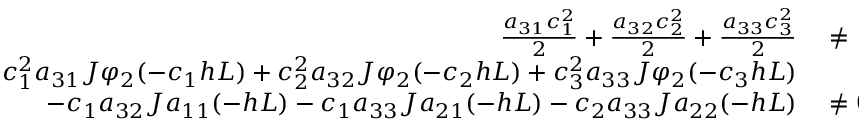
\begin{array} { r l } { \frac { a _ { 3 1 } c _ { 1 } ^ { 2 } } { 2 } + \frac { a _ { 3 2 } c _ { 2 } ^ { 2 } } { 2 } + \frac { a _ { 3 3 } c _ { 3 } ^ { 2 } } { 2 } } & { { } \ne \frac { 1 } { 6 } , } \\ { c _ { 1 } ^ { 2 } a _ { 3 1 } J \varphi _ { 2 } ( - c _ { 1 } h L ) + c _ { 2 } ^ { 2 } a _ { 3 2 } J \varphi _ { 2 } ( - c _ { 2 } h L ) + c _ { 3 } ^ { 2 } a _ { 3 3 } J \varphi _ { 2 } ( - c _ { 3 } h L ) } \\ { - c _ { 1 } a _ { 3 2 } J a _ { 1 1 } ( - h L ) - c _ { 1 } a _ { 3 3 } J a _ { 2 1 } ( - h L ) - c _ { 2 } a _ { 3 3 } J a _ { 2 2 } ( - h L ) } & { { } \ne 0 , } \end{array}